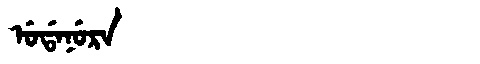
Manchu: ᡠᡩᠠᠨᡠᡵᠠ
Romanization: UDANURA